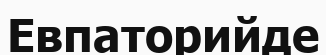
Евпаторийде